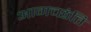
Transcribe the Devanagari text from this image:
आगच्छंति